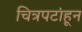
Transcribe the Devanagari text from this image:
चित्रपटांहून